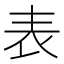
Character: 表